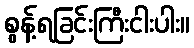
စွန့်ရခြင်းကြီးငါးပါး။